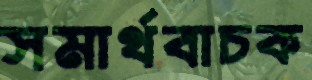
সমার্থবাচক